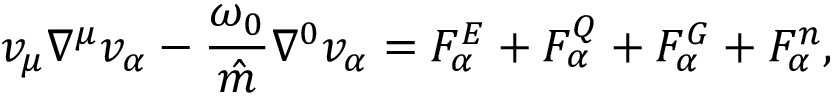
v _ { \mu } \nabla ^ { \mu } v _ { \alpha } - \frac { \omega _ { 0 } } { \hat { m } } \nabla ^ { 0 } v _ { \alpha } = F _ { \alpha } ^ { E } + F _ { \alpha } ^ { Q } + F _ { \alpha } ^ { G } + F _ { \alpha } ^ { n } ,